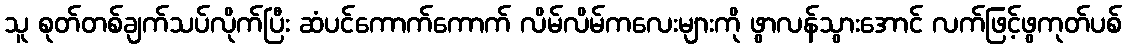
သူ စုတ်တစ်ချက်သပ်လိုက်ပြီး ဆံပင်ကောက်ကောက် လိမ်လိမ်ကလေးများကို ဖွာလန်သွားအောင် လက်ဖြင့်ဖွကုတ်ပစ်